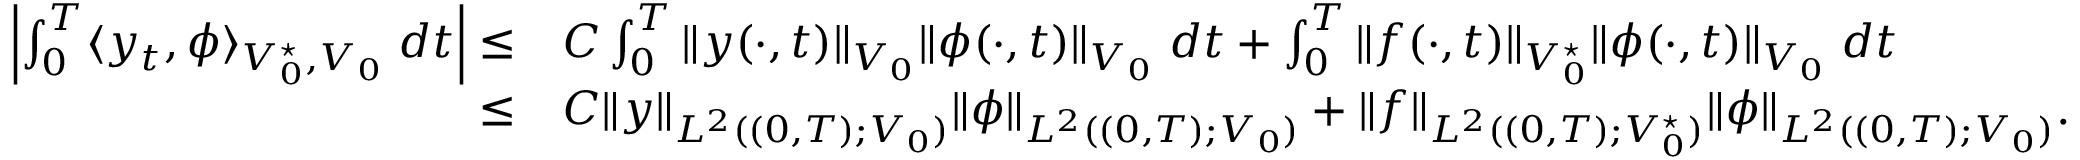
\begin{array} { r l } { \left| \int _ { 0 } ^ { T } \langle y _ { t } , \phi \rangle _ { V _ { 0 } ^ { \star } , V _ { 0 } } \; d t \right| \leq } & { C \int _ { 0 } ^ { T } \| y ( \cdot , t ) \| _ { V _ { 0 } } \| \phi ( \cdot , t ) \| _ { V _ { 0 } } \; d t + \int _ { 0 } ^ { T } \| f ( \cdot , t ) \| _ { V _ { 0 } ^ { \star } } \| \phi ( \cdot , t ) \| _ { V _ { 0 } } \; d t } \\ { \leq } & { C \| y \| _ { L ^ { 2 } ( ( 0 , T ) ; V _ { 0 } ) } \| \phi \| _ { L ^ { 2 } ( ( 0 , T ) ; V _ { 0 } ) } + \| f \| _ { L ^ { 2 } ( ( 0 , T ) ; V _ { 0 } ^ { \star } ) } \| \phi \| _ { L ^ { 2 } ( ( 0 , T ) ; V _ { 0 } ) } . } \end{array}